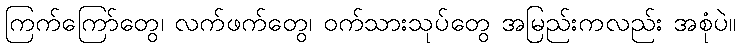
ကြက်ကြော်တွေ၊ လက်ဖက်တွေ၊ ဝက်သားသုပ်တွေ အမြည်းကလည်း အစုံပဲ။